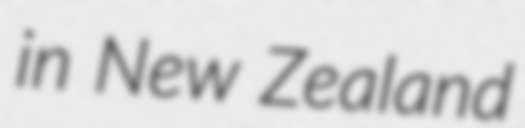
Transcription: in New Zealand